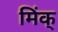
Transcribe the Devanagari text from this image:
मिंक्